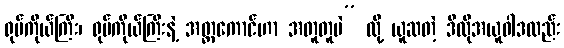
ရုပ်ကိုယ်ကြီး၊ ရုပ်ကိုယ်ကြီးနဲ့ အတ္တကောင်ဟာ အတူတူပဲ” လို့ ယူဆတဲ့ ဒီလိုအယူဝါဒလည်း